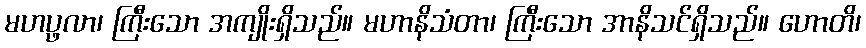
မဟပ္ဖလာ၊ ကြီးသော အကျိုးရှိသည်။ မဟာနိသံတာ၊ ကြီးသော အာနိသင်ရှိသည်။ ဟောတိ၊